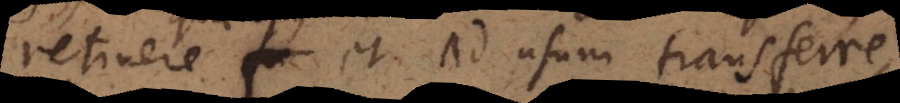
retinere et ad usum transferre